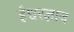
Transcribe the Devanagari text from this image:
ईश्वरज्ञान